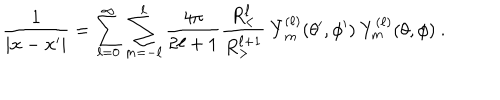
LaTeX: \frac { 1 } { | { \bf x } - { \bf x ^ { \prime } } | } = \sum _ { \ell = 0 } ^ { \infty } \sum _ { m = - \ell } ^ { \ell } \frac { 4 \pi } { 2 \ell + 1 } \frac { R _ { < } ^ { \ell } } { R _ { > } ^ { \ell + 1 } } \ \bar { Y } _ { m } ^ { ( \ell ) } ( \theta ^ { \prime } , \phi ^ { \prime } ) \ Y _ { m } ^ { ( \ell ) } ( \theta , \phi ) \ .